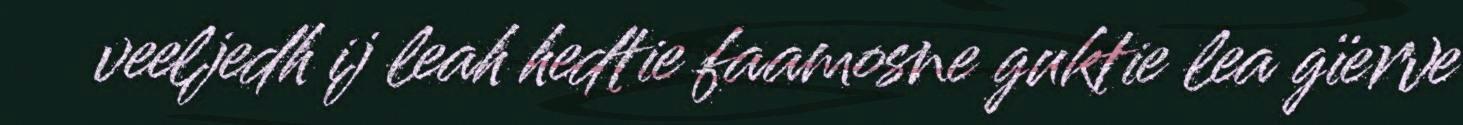
veeljedh ij leah hedtie faamosne guktie lea gïerve